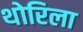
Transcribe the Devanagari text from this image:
थोरिला